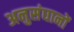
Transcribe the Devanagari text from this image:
अनुसंघानों